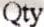
QTY